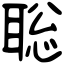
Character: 聡